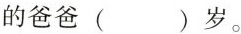
的爸爸( )岁。